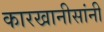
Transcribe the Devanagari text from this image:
कारखानीसांनी